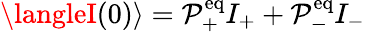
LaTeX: \langleI(0)\rangle=\mathcal{P}_{+}^{\mathrm{{eq}}}I_{+}+\mathcal{P}_{-}^{\mathrm{{eq}}}I_{-}